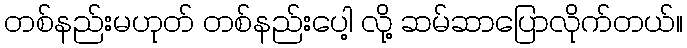
တစ်နည်းမဟုတ် တစ်နည်းပေါ့ လို့ ဆမ်ဆာပြောလိုက်တယ်။